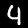
Digit: 4